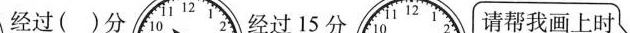
经过()分 经过15分 请帮我画上时